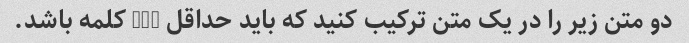
دو متن زیر را در یک متن ترکیب کنید که باید حداقل 200 کلمه باشد.